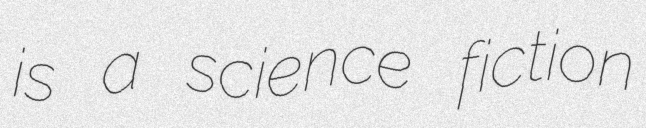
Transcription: is a science fiction